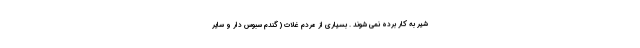
شیر به کار برده نمی شوند . بسیاری از مردم غلات ( گندم سبوس دار و سایر